Annual administration report of the Civil Veterinary Department of India - 1903-1904
Year: 1903
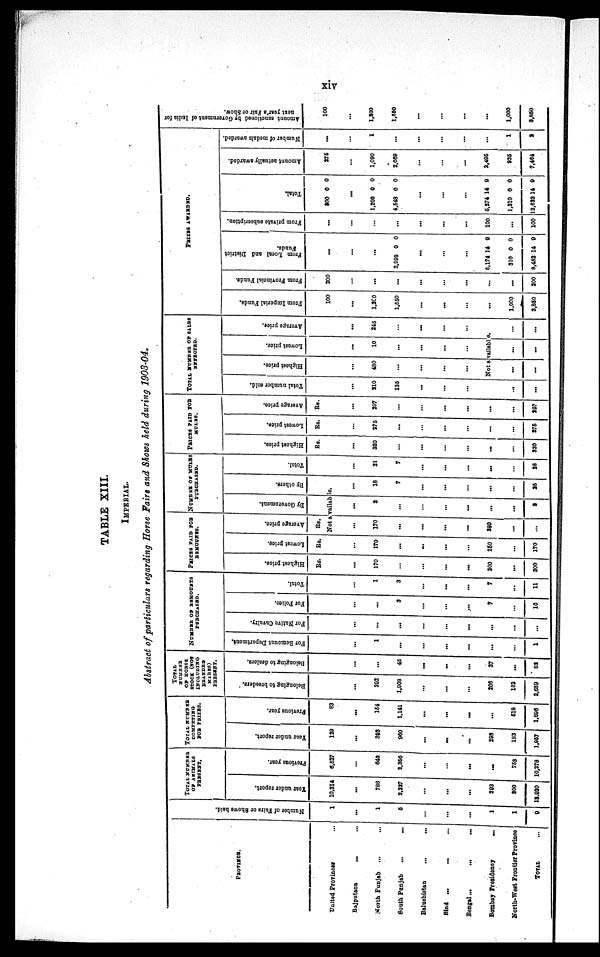
xiv
TABLE XIII.
IMPERIAL.
Abstract of particulars regarding Horse Fairs and Shows held during 1903-04.
PROVINCE.
United Provinces ...
Rajputana ... ...
North Punjab
... ...
South Punjab
... ...
Baluchistan
...
...
Sind
... ... ...
Bengal ...
...
...
Bombay
Presidency
...
North-West Frontier Province
TOTAL ...
Number of Fairs or Shows held.
1
...
1
5
...
...
...
1
1
9
TOTAL
NUMBER
OF ANIMALS
PRESENT.
Year
under report.
10,314
...
786
2,227
...
...
...
293
300
13,920
Previous year.
6,527
...
642
2,356
...
...
...
...
753
10,278
TOTAL
NUMBER
COMPETING
FOR PRIZES.
Year
under report.
129
...
393
960
...
...
...
293
183
1,957
Previous year.
83
...
154
1,141
...
...
...
...
518
1,896
TOTAL
NUMBER
OF HORSE
STOCK (NOT
INCLUDING
BRANDED
MARES)
PRESENT.
Belonging to breeders.
...
392
1,908
...
...
...
306
183
2,689
Belonging to dealers.
...
...
45
...
...
...
37
...
82
NUMBER
OF
REMOUNTS
PURCHASED.
For Remount Department.
...
1
...
...
...
...
...
...
1
For Native Cavalry.
...
...
...
...
...
...
...
...
...
For Police.
...
...
3
...
...
...
7
...
10
Total.
...
1
3
...
...
...
7
...
11
PRICES PAID FOR
REMOUNTS.
Highest price.
Rs.
...
170
...
...
...
...
300
...
300
Lowest price.
Rs.
...
170
...
...
...
...
250
...
170
Average price.
Rs.
NUMBER OF MULES
PURCHASED.
By Government.
By others.
Not available.
...
170
...
...
...
...
280
...
...
...
3
...
...
...
...
...
...
3
...
18
7
...
...
...
...
...
25
Total.
...
21
7
...
...
...
...
...
28
PRICES PAID FOR
MULES.
Highest price.
Rs.
...
320
...
...
...
...
...
320
Lowest price.
Rs.
...
275
...
...
...
...
...
...
275
Average price.
Rs.
...
397
...
...
...
...
...
...
297
TOTAL NUMBER OF SALES
EFFECTED.
Total number sold.
...
210
135
...
...
...
Highest price.
...
480
...
...
...
...
Lowest price.
...
10
...
...
...
...
Average price.
...
245
...
...
...
...
Not available.
...
...
...
...
...
...
...
...
PRIZES
AWARDED.
From Imperial Funds.
100
...
1,200
1,550
...
...
...
...
1,000
3,850
From Provincial Funds.
200
...
...
...
...
...
...
...
...
200
Fr om Lo
cal and District
Funds.
...
...
...
2,998 0 0
...
...
...
5,174
310
8,482
14
0
14
9
0
9
From private subscription.
...
...
...
...
...
...
...
100
...
100
Total.
200 0 0
...
1,200
4,543
0
0
0
0
...
...
...
5,274
1,310
12,632
14
0
14
9
0
9
Amount actually
awarded.
275
...
1,090
2,669
...
...
...
2,495
936
7,464
Number of medals awarded.
...
...
1
...
...
...
...
...
1
2
Amount sanctioned by Government of India for
next year's Fair or Show.
100
...
1,200
1,550
...
...
...
...
1,000
3,860